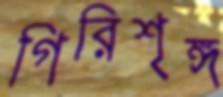
গিরিশৃঙ্গ